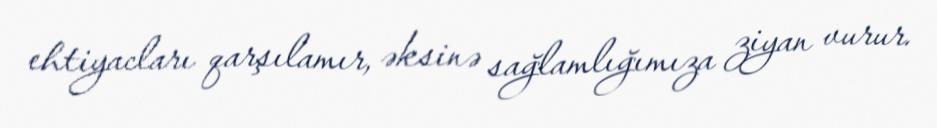
ehtiyacları qarşılamır, əksinə sağlamlığımıza ziyan vurur.